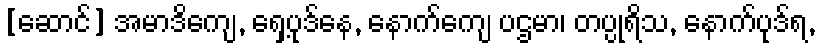
[ဆောင်] အမာဒိကျေ, ရှေ့ပုဒ်နေ, နောက်ကျေ ပဌမာ၊ တပ္ပုရိသ, နောက်ပုဒ်ရ,